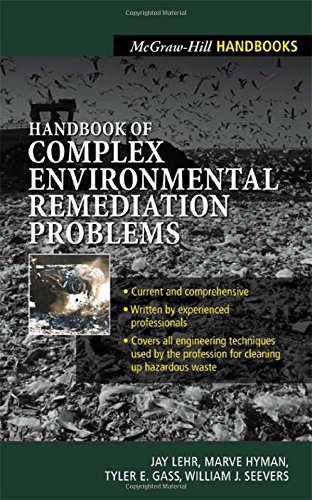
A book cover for Handbook of Complex Environmental Remediation Problems; Jay H. Lehr; Science & Math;